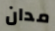
مدان